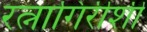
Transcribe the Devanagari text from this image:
रत्नागिरीशी